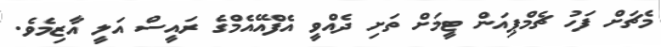
މެޗަށް ފަހު ޗެމްޕިއަން ޓީމަށް ތަށި ދެއްވީ އެފްއޭއެމްގެ ރައީސް އަލީ އާޒިމެވެ.